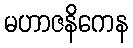
မဟာဇနိကေန